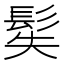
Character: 𩬭